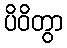
ပိဝိတွာ